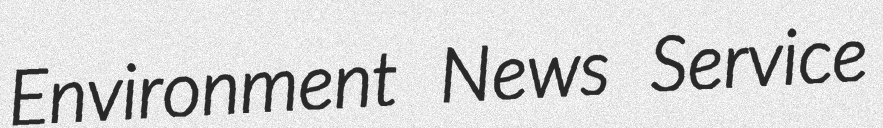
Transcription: Environment News Service